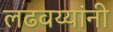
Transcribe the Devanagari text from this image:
लढवय्यांनी